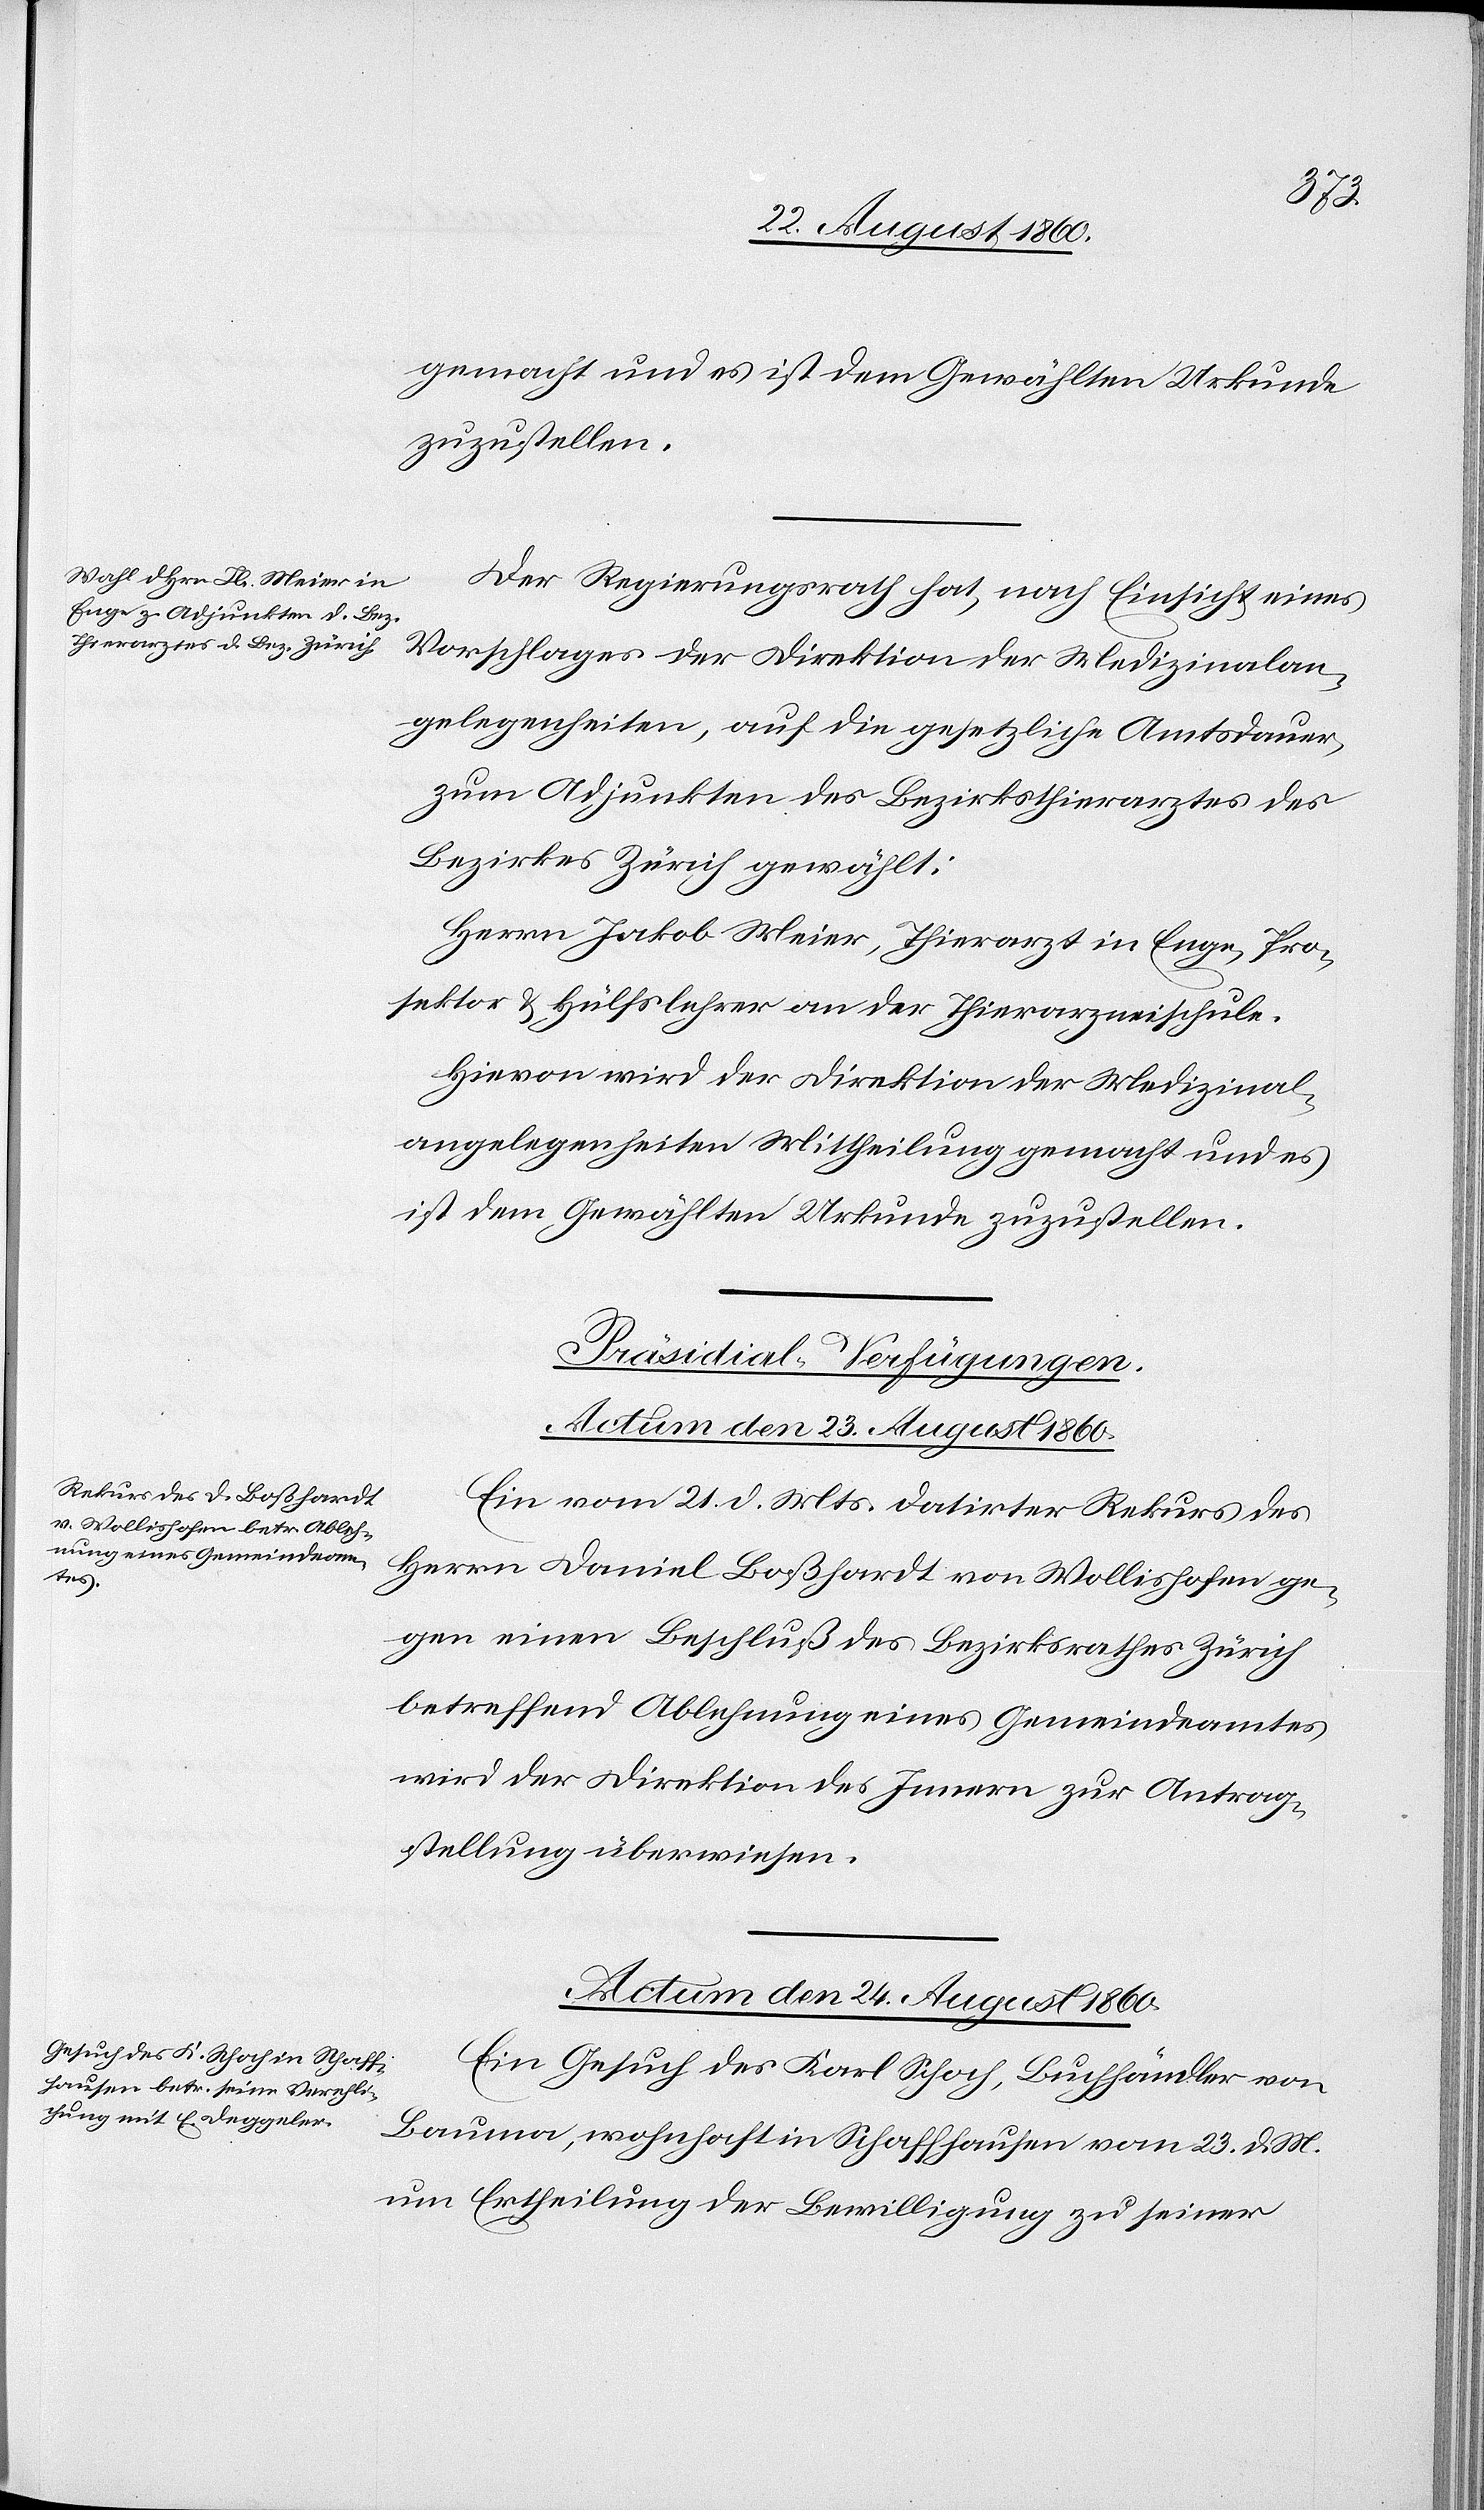
gemacht und es ist dem Gewählten Urkunde
zuzustellen.
Der Regierungsrath hat, nach Einsicht eines
Vorschlages der Direktion der Medizinalan¬
gelegenheiten, auf die gesetzliche Amtsdauer,
zum Adjunkten des Bezirksthierarztes des
Bezirkes Zürich gewählt:
Herrn Jakob Meier, Thierarzt in Enge, Pro¬
sektor und Hülfsleher an der Thierarzneischule.
Hievon wird der Direktion der Medizinal¬
angelegenheiten Mittheilung gemacht und es
ist dem Gewählten Urkunde zuzustellen.
[Präsidial-Verfügungen.]
Actum den 23. August 1860.
Ein vom 21. d. Mts. datirter Rekurs des
Hrn. Daniel Bosshardt [sic!] von Wollishofen ge¬
gen einen Beschluss des Bezirksrathes Zürich
betreffend Ablehnung eines Gemeindeamtes
wird der Direktion des Innern zur Antrag¬
stellung überwiesen.
Actum den 24. August 1860.
Ein Gesuch des Karl Schoch, Buchhändler von
Bauma, wohnhaft in Schaffhausen vom 23. d. Mts.
um Ertheilung der Bewilligung zu seiner